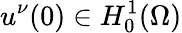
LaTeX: u^{\nu}(0)\in H_{0}^{1}(\Omega)